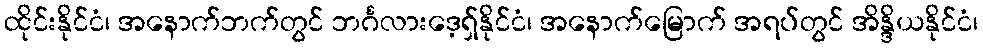
ထိုင်းနိုင်ငံ၊ အနောက်ဘက်တွင် ဘင်္ဂလားဒေ့ရှ်နိုင်ငံ၊ အနောက်မြောက် အရပ်တွင် အိန္ဒိယနိုင်ငံ၊